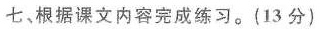
七、根据课文内容完成练习。(13分)